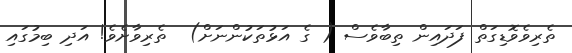
ތެރިވެވޮޑިގަތް ފަދައިން ތިބާވެސް ( ގެ އަޅުތަކުންނަށް)  ތެރިވާށެވެ! އަދި ބިމުގައި